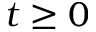
t \ge 0